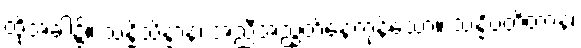
ထိုအခါ၌။ သန္နိသိန္နာနံ၊ အညီအညွတ်နေကုန်သော။ သန္နိပတိတာနံ၊